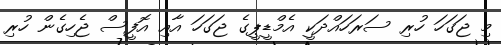
މި ޖަގަހަ ހުރި ސަރަހައްދަކީ އެމްޑީޕީގެ ޖަގަހަ އާއި އޮފީސް ޖެހިގެން ހުރި